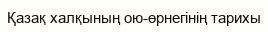
Қазақ халқының ою-өрнегінің тарихы